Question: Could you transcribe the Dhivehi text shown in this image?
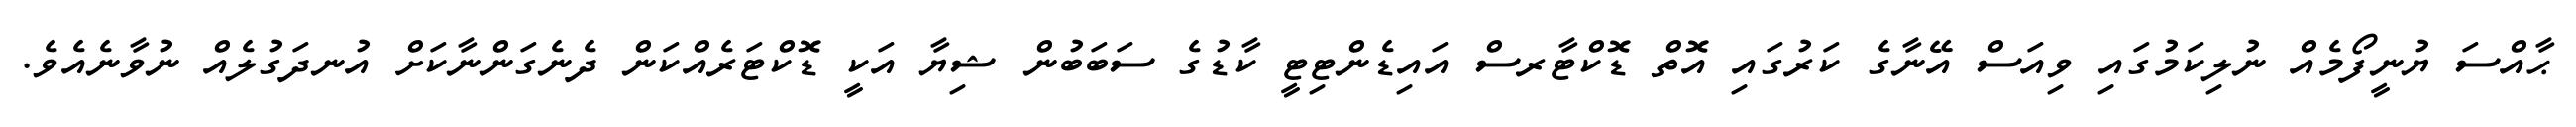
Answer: ޙާއްސަ ޔުނީފޯމެއް ނުލިކަމުގައި ވިއަސް އޭނާގެ ކަރުގައި އޮތް ޑޮކްޓާރސް އައިޑެންޓިޓީ ކާޑުގެ ސަބަބުން ޝިޔާ އަކީ ޑޮކްޓަރެއްކަން ދެނެގަންނާކަށް އުނދަގުލެއް ނުވާނެއެވެ.